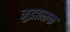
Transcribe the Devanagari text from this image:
मुद्रात्मक